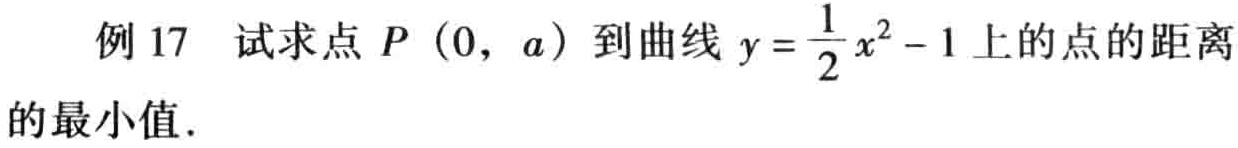
例 17 试求点 \(P(0,a)\) 到曲线 \(y = \frac{1}{2}x^{2}-1\) 上的点的距离的最小值.